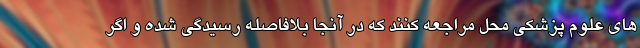
های علوم پزشکی محل مراجعه کنند که در آنجا بلافاصله رسیدگی شده و اگر